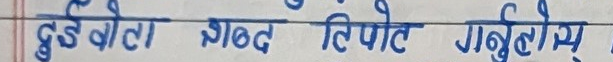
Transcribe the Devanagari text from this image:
दुई बोल्ने शब्द तिपोट गरिनेय